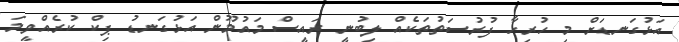
އަޅުގަނޑަށް މި ހުރިހާ ފުރުސަތުތަކެއް ލިބުނީ ރައީސް މައުމޫން އަޅުގަނޑު ޕިކް ކުރެއްވީމަ